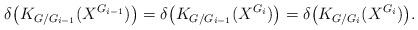
LaTeX: \begin{align*}\delta\big(K_{G/G_{i-1}}(X^{G_{i-1}})\big) = \delta\big(K_{G/G_{i-1}}(X^{G_i})\big) = \delta\big(K_{G/G_i}(X^{G_i})\big).\end{align*}